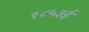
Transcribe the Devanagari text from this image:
१८५३ई